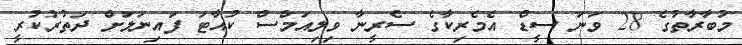
މުބާރާތުގެ 28 ވަނަ ސީޑް އެމެރިކާގެ ސެރީނާ ވިލިއަމްސް ކުއާޓަ ފައިނަލަށް ދަތުރުކުރީ